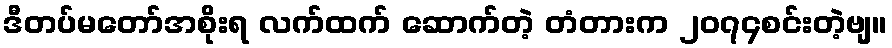
ဒီတပ်မတော်အစိုးရ လက်ထက် ဆောက်တဲ့ တံတားက ၂၀၇၄စင်းတဲ့ဗျ။